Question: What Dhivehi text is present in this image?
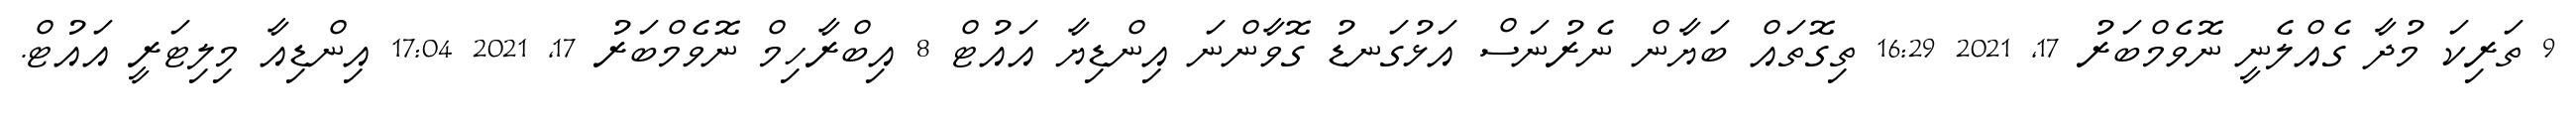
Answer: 9 ތަރިކަ މުދާ ގެއްލެނީ ނޮވެމްބަރު 17, 2021 16:29 ތިގޮތައް ބަޔާން ނެރުނަސް އަޅުގަނޑު ގޮވާންނަ އިންޑިޔާ އައުޓް 8 އިބްރާހިމް ނޮވެމްބަރު 17, 2021 17:04 އިންޑިއާ މިލިޓަރީ އައުޓް.